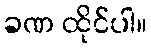
ခဏ ထိုင်ပါ။